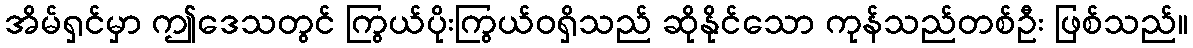
အိမ်ရှင်မှာ ဤဒေသတွင် ကြွယ်ပိုးကြွယ်ဝရှိသည် ဆိုနိုင်သော ကုန်သည်တစ်ဦး ဖြစ်သည်။